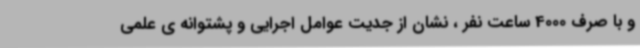
و با صرف 4000 ساعت نفر ، نشان از جدیت عوامل اجرایی و پشتوانه ی علمی